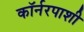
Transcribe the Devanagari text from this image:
कॉर्नरपाशी